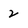
Character: 2